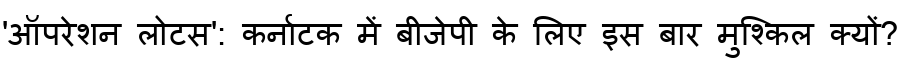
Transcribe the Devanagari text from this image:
'ऑपरेशन लोटस': कर्नाटक में बीजेपी के लिए इस बार मुश्किल क्यों?